Document type: Grant of rights
Year: 1254
Scribe: Jaume de Port
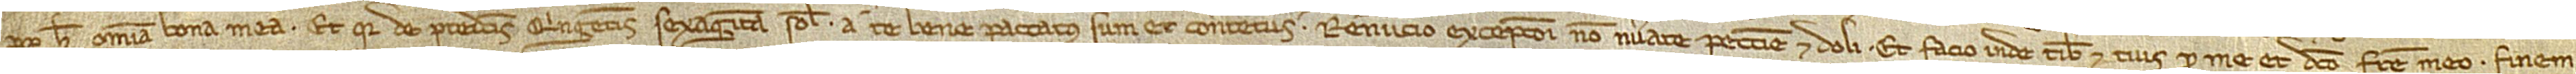
propter hoc omnia bona mea. Et qui de predictis quingentis sexaginta solidis a te bene paccatus sum et contentus, renuncio excepcioni non numerate peccunie et doli. Et facio inde tibi et tuis pro me et dicto fratre meo finem